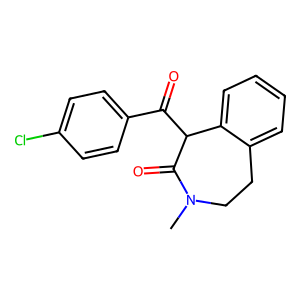
SMILES: CN1CCc2ccccc2C(C(=O)c2ccc(Cl)cc2)C1=O
Inhibits HIV replication: No